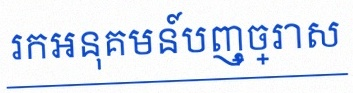
រកអនុគមន៍បញ្ច្រាស